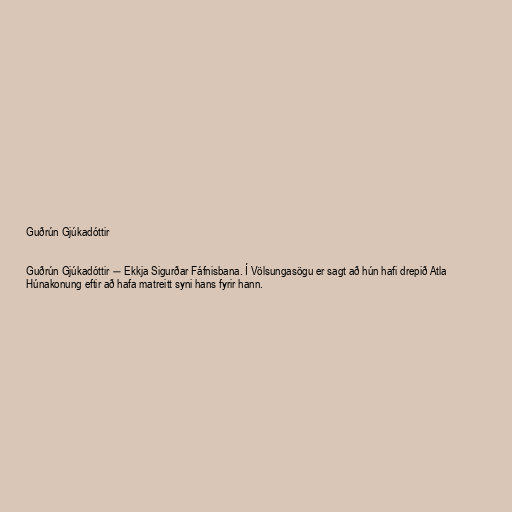
Guðrún Gjúkadóttir

Guðrún Gjúkadóttir ― Ekkja Sigurðar Fáfnisbana. Í Völsungasögu er sagt að hún hafi drepið Atla
Húnakonung eftir að hafa matreitt syni hans fyrir hann.